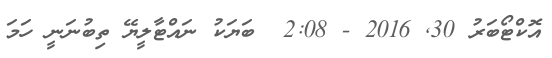
އޮކްޓޯބަރު 30